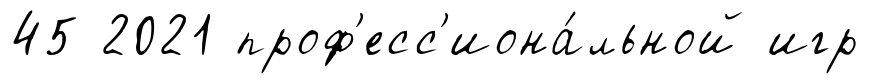
45 2021 проф'есс'иона́льной игр